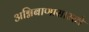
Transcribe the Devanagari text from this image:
अग्निबाणासारखे